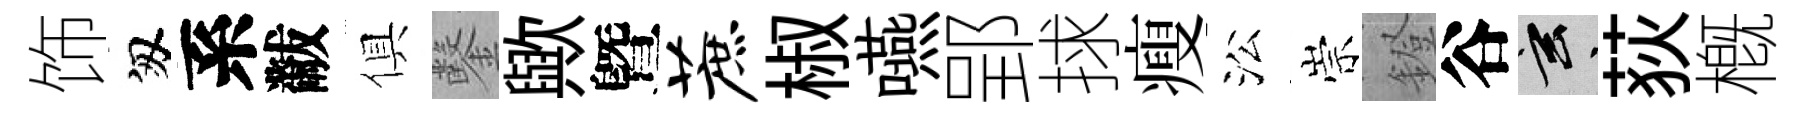
饰匆系黻俱鑿歟曁蔗椒嚥郢捄瘦㳂崇鐙谷玄荻槪